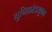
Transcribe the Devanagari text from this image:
युनिकोडयुक्त